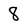
Character: 8